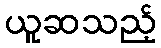
ယူဆသည့်